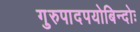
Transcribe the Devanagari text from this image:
गुरुपादपयोबिन्दोः